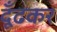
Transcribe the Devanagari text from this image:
दूँढकर